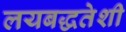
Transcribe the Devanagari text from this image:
लयबद्धतेशी